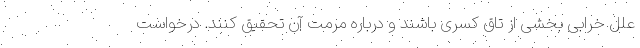
علل خرابی بخشی از تاق کسری باشند و درباره مرمت آن تحقیق کنند. درخواست